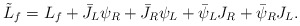
\begin{align*}\tilde L_f= L_f +\bar J_L\psi_R+\bar J_R\psi_L+\bar\psi_L J_R+\bar\psi_R J_L. \end{align*}